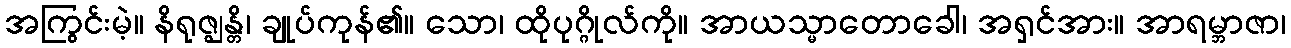
အကြွင်းမဲ့။ နိရုဇ္ဈန္တိ၊ ချုပ်ကုန်၏။ သော၊ ထိုပုဂ္ဂိုလ်ကို။ အာယသ္မာတောခေါ၊ အရှင်အား။ အာရမ္ဘာဇာ၊